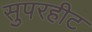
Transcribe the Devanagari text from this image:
सुपरहीट